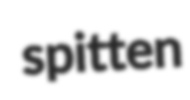
spitten